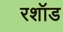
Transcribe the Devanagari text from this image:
रशॉड